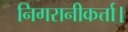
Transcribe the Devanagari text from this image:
निगरानीकर्त्ता।